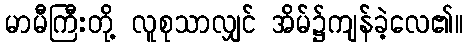
မာမီကြီးတို့ လူစုသာလျှင် အိမ်၌ကျန်ခဲ့လေ၏။